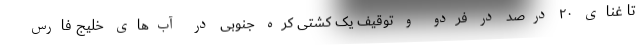
تا غنای ۲۰ درصد در فردو و توقیف یک کشتی کره جنوبی در آب‌های خلیج فارس